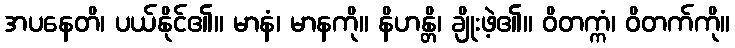
အပနေတိ၊ ပယ်နိုင်၏။ မာနံ၊ မာနကို။ နိဟန္တိ၊ ချိုးဖဲ့၏။ ဝိတက္ကံ၊ ဝိတက်ကို။